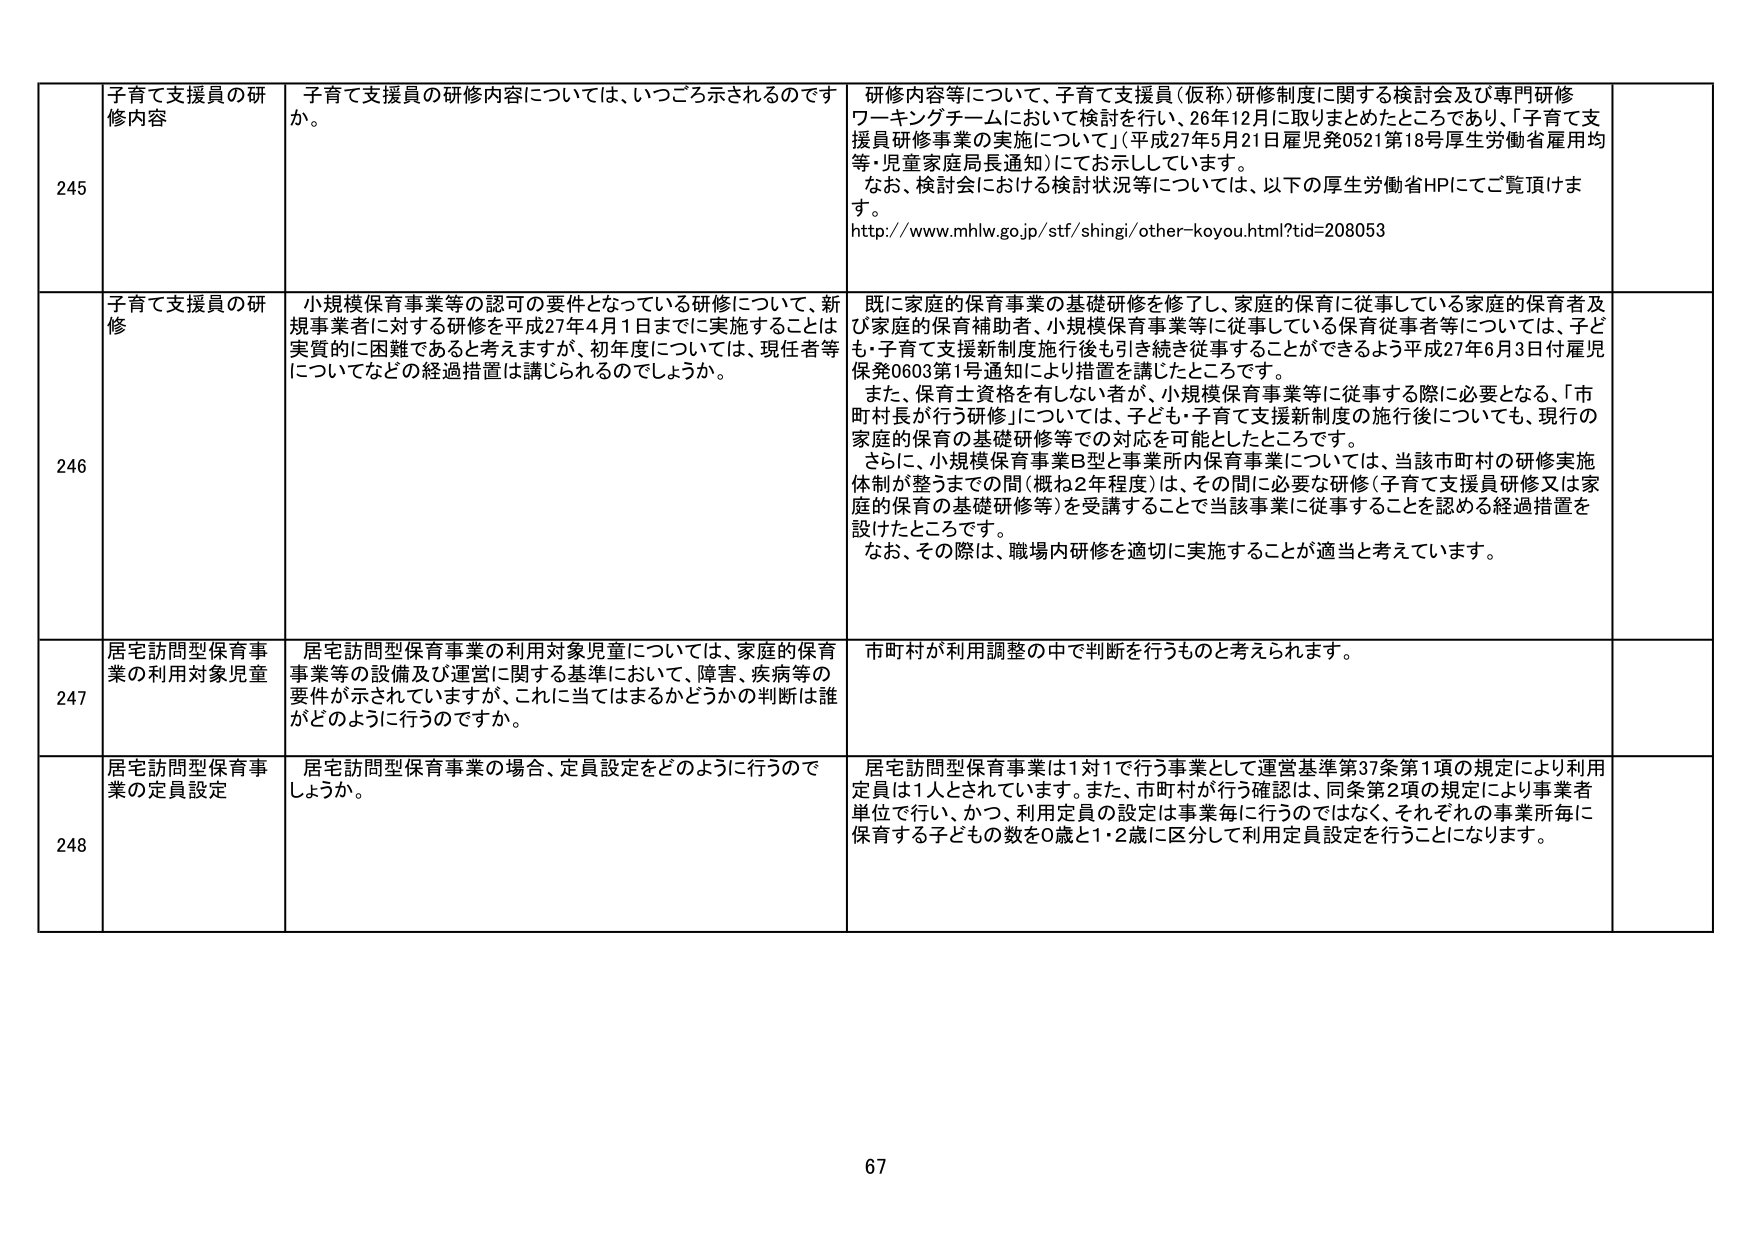
245 子育て支援員の研修内容 子育て支援員の研修内容については、いつごろ示されるのですか。 研修内容等について、子育て支援員（仮称）研修制度に関する検討会及び専門研修ワーキングチームにおいて検討を行い、26年12月に取りまとめたところであり、「子育て支援員研修事業の実施について」（平成27年5月21日雇児発0521第18号厚生労働省雇用均等・児童家庭局長通知）にてお示ししています。 なお、検討会における検討状況等については、以下の厚生労働省HPにてご覧頂けます。 http://www.mhlw.go.jp/stf/shingi/other-koyou.html?tid=208053

246 子育て支援員の研修 小規模保育事業等の認可の要件となっている研修について、新規事業者に対する研修を平成27年4月1日までに実施することは実質的に困難であると考えますが、初年度については、現任者等についてなどの経過措置は講じられるのでしょうか。 既に家庭的保育事業の基礎研修を修了し、家庭的保育に従事している家庭的保育者及び家庭的保育補助者、小規模保育事業等に従事している保育従事者等については、子ども・子育て支援新制度施行後も引き続き従事することができるよう平成27年6月3日付雇児保発0603第1号通知により措置を講じたところです。 また、保育士資格を有しない者が、小規模保育事業等に従事する際に必要となる、「市町村長が行う研修」については、子ども・子育て支援新制度の施行後についても、現行の家庭的保育の基礎研修等での対応を可能としたところです。 さらに、小規模保育事業B型と事業所内保育事業については、当該市町村の研修実施体制が整うまでの間（概ね2年程度）は、その間に必要な研修（子育て支援員研修又は家庭的保育の基礎研修等）を受講することで当該事業に従事することを認める経過措置を設けたところです。 なお、その際は、職場内研修を適切に実施することが適当と考えています。

247 居宅訪問型保育事業の利用対象児童 居宅訪問型保育事業の利用対象児童については、家庭的保育事業等の設備及び運営に関する基準において、障害、疾病等の要件が示されていますが、これに当てはまるかどうかの判断は誰がどのように行うのですか。 市町村が利用調整の中で判断を行うものと考えられます。

248 居宅訪問型保育事業の定員設定 居宅訪問型保育事業の場合、定員設定をどのように行うでしょうか。 居宅訪問型保育事業は1対1で行う事業として運営基準第37条第1項の規定により利用定員は1人とされています。また、市町村が行う確認は、同条第2項の規定により事業者単位で行い、かつ、利用定員の設定は事業毎に行うのではなく、それぞれの事業所毎に保育する子どもの数を0歳と1・2歳に区分して利用定員設定を行うことになります。

67